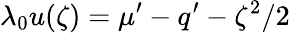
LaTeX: \lambda_{0}u(\zeta)=\mu^{\prime}-q^{\prime}-\zeta^{2}/2